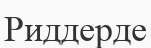
Риддерде